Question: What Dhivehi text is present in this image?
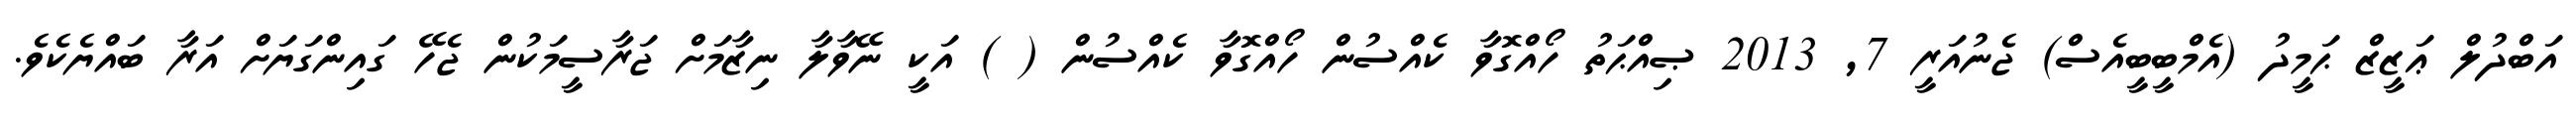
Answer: އަބްދުލް ޢަޒީޒް ޙަމީދު (އެމްބީބީއެސް) ޖެނުއަރީ 7, 2013 ޞިއްޙަތު ހޯއްގޮވާ ކެއްސުން ހޯއްގޮވާ ކެއްސުން ( ) އަކީ ނޭވާލާ ނިޒާމަށް ޖަރާސީމަކުން ޖެހޭ ގައިންގަޔަށް އަރާ ބައްޔެކެވެ.